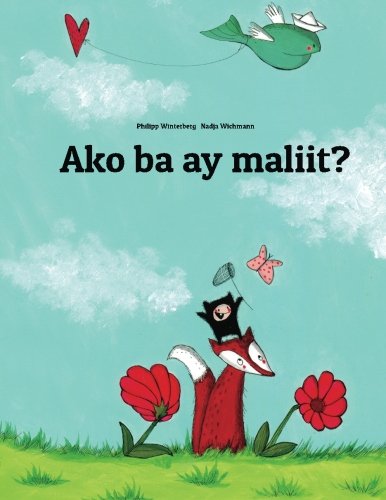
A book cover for Ako ba ay maliit?: Isang Larawang Kuwento ni Philipp Winterberg at Nadja Wichmann (Tagalog Edition); Philipp Winterberg; Children's Books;